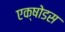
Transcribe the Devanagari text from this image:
एक्षोडस